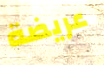
عريضة